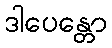
ဒါပေန္တော